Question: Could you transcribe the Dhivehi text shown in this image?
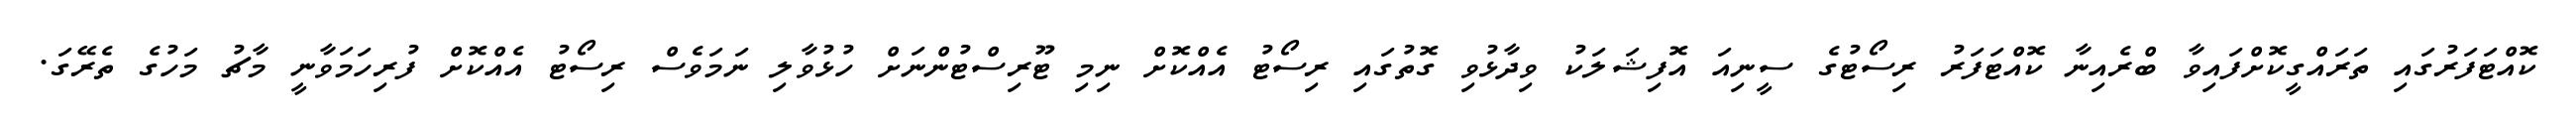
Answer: ކޮއްޓަފަރުގައި ތަރައްގީކޮށްފައިވާ ބްރެއިނާ ކޮއްޓަފަރު ރިސޯޓުގެ ސީނިއަ އޮފިޝަލަކު ވިދާޅުވި ގޮތުގައި ރިސޯޓު އެއްކޮށް ނިމި ޓޫރިސްޓުންނަށް ހުޅުވާލި ނަމަވެސް ރިސޯޓު އެއްކޮށް ފުރިހަމަވާނީ މާޗު މަހުގެ ތެރޭގަ.